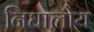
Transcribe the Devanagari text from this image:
निघालोय